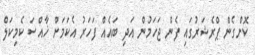
ކޮށްގެން ޕްރެޝަރުގައި ފެން ޖަހަމުން އަދި ބައެއް ފަހަރު އެކަމަށް ޚާއްސަ ކެމިކަލް